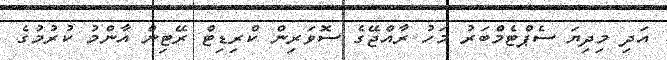
އަދި މިދިޔަ ސެޕްޓެމްބަރު މަހު ރާއްޖޭގެ ސޮވަރިން ކްރިޑިޓް ރޭޓިން އާންމު ކުރުމުގެ